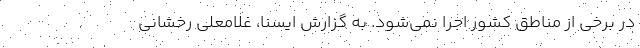
در برخی از مناطق کشور اجرا نمی‌شود. به گزارش ایسنا، غلامعلی رخشانی